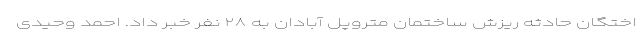
اختگان حادثه ریزش ساختمان متروپل آبادان به ۲۸ نفر خبر داد. احمد وحیدی